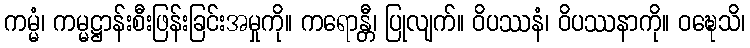
ကမ္မံ၊ ကမ္မဋ္ဌာန်းစီးဖြန်းခြင်းအမှုကို။ ကရောန္တီ၊ ပြုလျက်။ ဝိပဿနံ၊ ဝိပဿနာကို။ ဝဍ္ဎေသိ၊